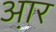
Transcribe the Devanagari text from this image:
आ़र